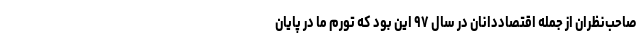
صاحب‌نظران از جمله اقتصاددانان در سال ۹۷ این بود که تورم ما در پایان